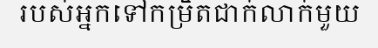
របស់អ្នកទៅកម្រិតជាក់លាក់មួយ